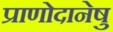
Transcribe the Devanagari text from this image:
प्राणोदानेषु